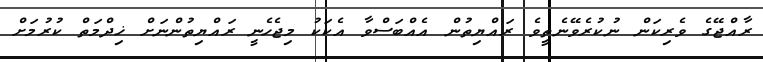
ރާއްޖޭގެ ވެރިކަން ނުކުރެވޭނެތީވެ ރައްޔިތުން އެއްބަސްވާ އެކަކު މިޖެހެނީ ރައްޔިތުންނަށް ޚިދްމަތް ކުރުމަށް